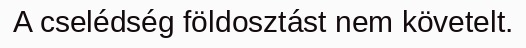
A cselédség földosztást nem követelt.